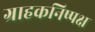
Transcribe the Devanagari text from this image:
ग्राहकनिष्पक्ष